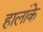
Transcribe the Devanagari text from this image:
हालांके